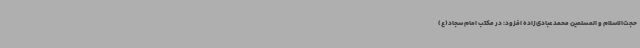
حجت‌الاسلام و المسلمین محمد عبادی‌زاده افزود: در مکتب امام سجاد(ع)